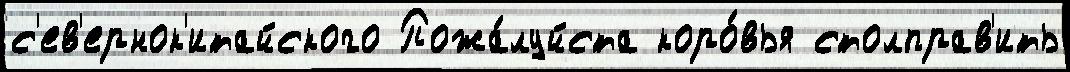
с'ев'ернок'итайского Пожа́луйста коро́вья столправ'ить